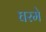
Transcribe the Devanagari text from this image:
घरमे